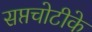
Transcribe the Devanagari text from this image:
सप्तचोटीके